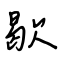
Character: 歇